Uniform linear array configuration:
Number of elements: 24
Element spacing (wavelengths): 0.75
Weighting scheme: binomial
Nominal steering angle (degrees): -30
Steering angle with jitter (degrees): -29.041
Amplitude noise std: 0.05
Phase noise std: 0.05

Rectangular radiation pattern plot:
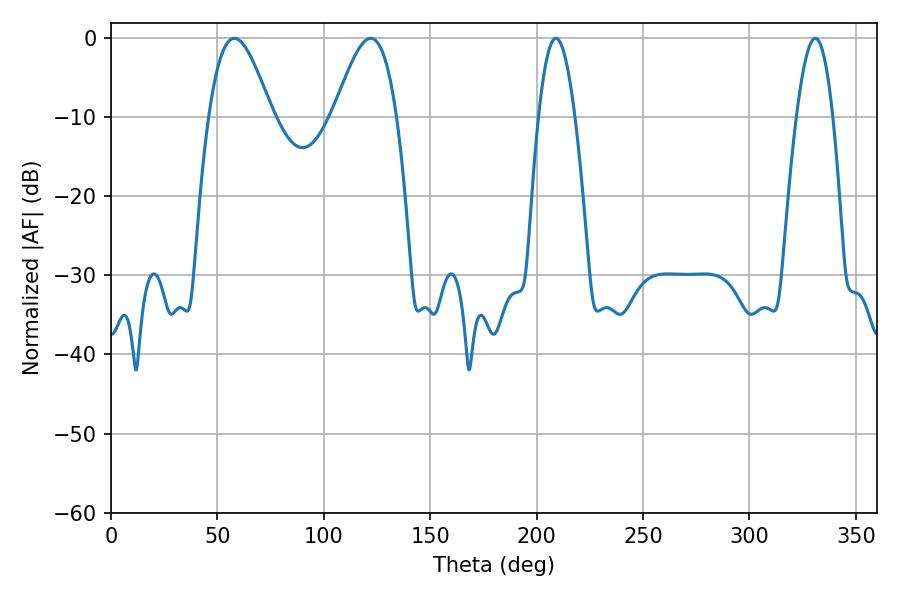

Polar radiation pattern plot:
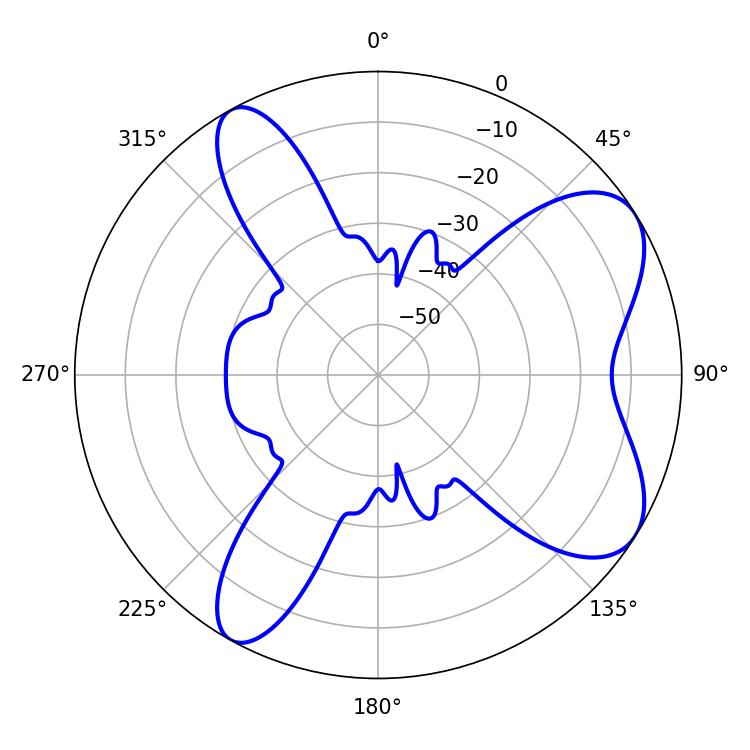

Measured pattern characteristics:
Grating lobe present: TRUE
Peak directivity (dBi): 7.357
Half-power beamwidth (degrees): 15.84
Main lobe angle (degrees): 57.96